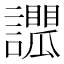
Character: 𧭑